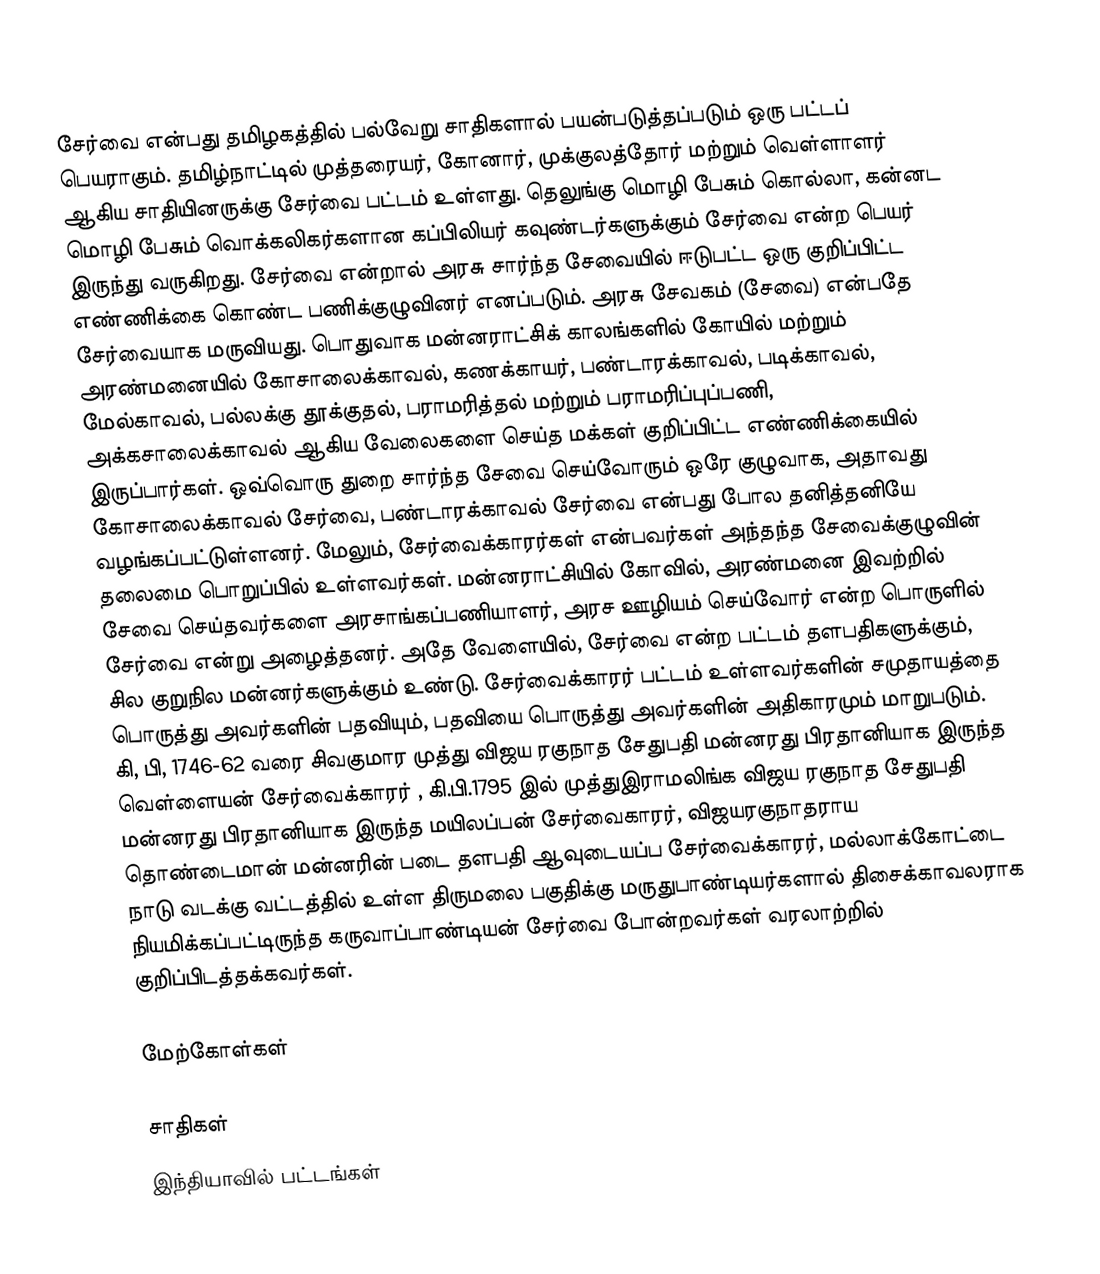
சேர்வை என்பது தமிழகத்தில் பல்வேறு சாதிகளால் பயன்படுத்தப்படும் ஒரு பட்டப் பெயராகும். தமிழ்நாட்டில் முத்தரையர்,  கோனார், முக்குலத்தோர் மற்றும் வெள்ளாளர் ஆகிய சாதியினருக்கு சேர்வை பட்டம் உள்ளது. தெலுங்கு மொழி பேசும் கொல்லா, கன்னட மொழி பேசும் வொக்கலிகர்களான கப்பிலியர் கவுண்டர்களுக்கும் சேர்வை என்ற பெயர் இருந்து வருகிறது. சேர்வை என்றால் அரசு சார்ந்த சேவையில் ஈடுபட்ட ஒரு குறிப்பிட்ட எண்ணிக்கை கொண்ட பணிக்குழுவினர் எனப்படும். அரசு சேவகம் (சேவை) என்பதே சேர்வையாக மருவியது. பொதுவாக மன்னராட்சிக் காலங்களில் கோயில் மற்றும் அரண்மனையில் கோசாலைக்காவல், கணக்காயர், பண்டாரக்காவல், படிக்காவல், மேல்காவல், பல்லக்கு தூக்குதல், பராமரித்தல் மற்றும் பராமரிப்புப்பணி, அக்கசாலைக்காவல் ஆகிய வேலைகளை செய்த மக்கள் குறிப்பிட்ட எண்ணிக்கையில் இருப்பார்கள். ஒவ்வொரு துறை சார்ந்த சேவை செய்வோரும் ஒரே குழுவாக, அதாவது கோசாலைக்காவல் சேர்வை, பண்டாரக்காவல் சேர்வை என்பது போல தனித்தனியே வழங்கப்பட்டுள்ளனர். மேலும், சேர்வைக்காரர்கள் என்பவர்கள் அந்தந்த சேவைக்குழுவின் தலைமை பொறுப்பில் உள்ளவர்கள். மன்னராட்சியில் கோவில், அரண்மனை இவற்றில் சேவை செய்தவர்களை அரசாங்கப்பணியாளர், அரச ஊழியம் செய்வோர் என்ற பொருளில் சேர்வை என்று அழைத்தனர். அதே வேளையில், சேர்வை என்ற பட்டம்  தளபதிகளுக்கும், சில குறுநில மன்னர்களுக்கும் உண்டு. சேர்வைக்காரர் பட்டம் உள்ளவர்களின் சமுதாயத்தை பொருத்து அவர்களின் பதவியும், பதவியை பொருத்து அவர்களின் அதிகாரமும் மாறுபடும். கி, பி, 1746-62 வரை சிவகுமார முத்து விஜய ரகுநாத சேதுபதி மன்னரது பிரதானியாக இருந்த வெள்ளையன் சேர்வைக்காரர் ,  கி.பி.1795 இல் முத்துஇராமலிங்க விஜய ரகுநாத சேதுபதி மன்னரது பிரதானியாக இருந்த மயிலப்பன் சேர்வைகாரர், விஜயரகுநாதராய தொண்டைமான் மன்னரின் படை தளபதி ஆவுடையப்ப சேர்வைக்காரர், மல்லாக்கோட்டை நாடு வடக்கு வட்டத்தில் உள்ள திருமலை பகுதிக்கு மருதுபாண்டியர்களால் திசைக்காவலராக நியமிக்கப்பட்டிருந்த கருவாப்பாண்டியன் சேர்வை போன்றவர்கள் வரலாற்றில் குறிப்பிடத்தக்கவர்கள்.

மேற்கோள்கள்

சாதிகள்
இந்தியாவில் பட்டங்கள்